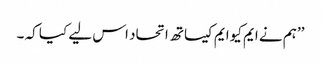
’’ہم نے ایم کیوایم کیساتھ اتحاد اس لیے کیا کہ ۔